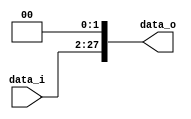
module ShiftLeft26(
	data_i,
	data_o
);

input	[25:0]		data_i;
output	[27:0]		data_o;

assign data_o = {data_i, 2'b00};

endmodule